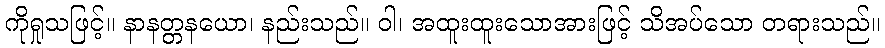
ကိုရှုသဖြင့်။ နာနတ္တနယော၊ နည်းသည်။ ဝါ၊ အထူးထူးသောအားဖြင့် သိအပ်သော တရားသည်။